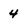
Character: 4